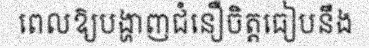
ពេលឱ្យបង្ហាញជំនឿចិត្តធៀបនឹង